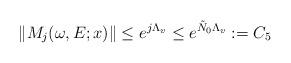
LaTeX: \begin{align*} \|M_j(\omega,E;x)\|\le e^{j\Lambda_v}\le e^{\tilde N_0\Lambda_v}:=C_5\end{align*}